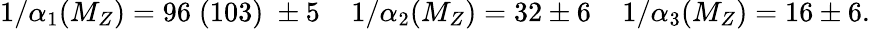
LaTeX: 1/\alpha_{1}(M_{Z})=96\; (103)\; \pm 5\; \; \; \; 1/\alpha_{2}(M_{Z})=32\pm 6\; \; \; \; 1/\alpha_{3}(M_{Z})=16\pm 6.